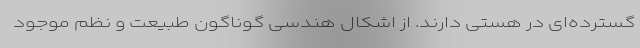
گسترده‌ای در هستی دارند. از اشکال هندسی گوناگون طبیعت و نظم موجود